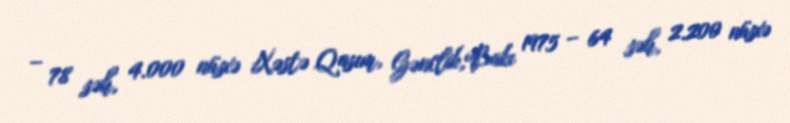
– 78 səh, 4.000 nüsxə Xəstə Qasım, Gənclik,Bakı 1975 – 64 səh, 2.200 nüsxə